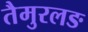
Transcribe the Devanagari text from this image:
तैमुरलङ